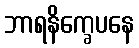
ဘာရနိက္ခေပနေ